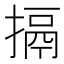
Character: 搹